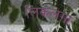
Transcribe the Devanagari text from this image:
लिकलेगा